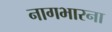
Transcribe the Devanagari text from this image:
नागभारना